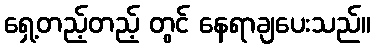
ရှေ့တည့်တည့် တွင် နေရာချပေးသည်။